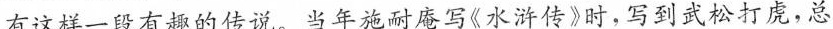
有这样一段有趣的传说。当年施耐庵写《水浒传》时，写到武松打烧，总